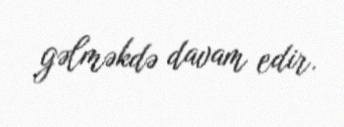
gəlməkdə davam edir.